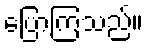
ပြောကြသည်။